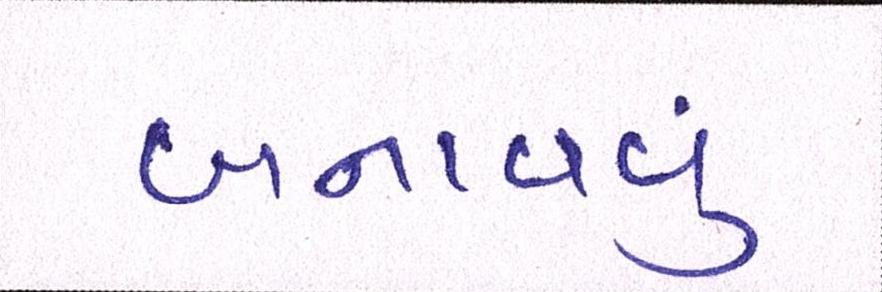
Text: બનાવવુઃ